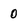
Character: 0